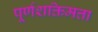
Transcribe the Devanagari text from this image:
पूर्णशक्तिमत्ता